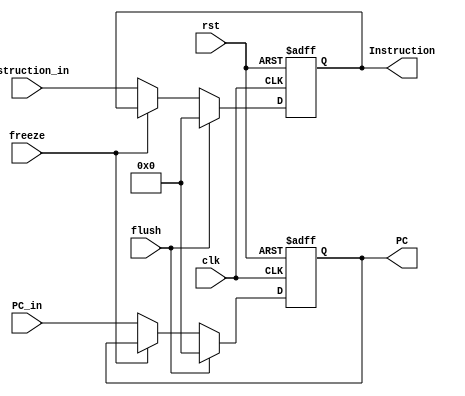
module IF_Stage_Reg(
	input clk, rst, freeze, flush,
	input[31:0] PC_in, Instruction_in,
	output reg [31:0] PC, Instruction
);
always @(posedge clk, posedge rst)
  begin
	if (rst)
		{PC, Instruction} <= 64'd0;
	else if (flush)
		{PC, Instruction} <= 64'd0;
	else if (freeze == 1'b0) begin
		PC <= PC_in;
		Instruction <= Instruction_in;
	end
  end
endmodule